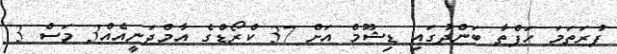
ފުރަތަމަ ހަފްތާ ބަންދުގައި ޑިޝޫމް އަށް 37 ކްރޯޑްގެ އާމްދަނީއެއް3 މަސް 3